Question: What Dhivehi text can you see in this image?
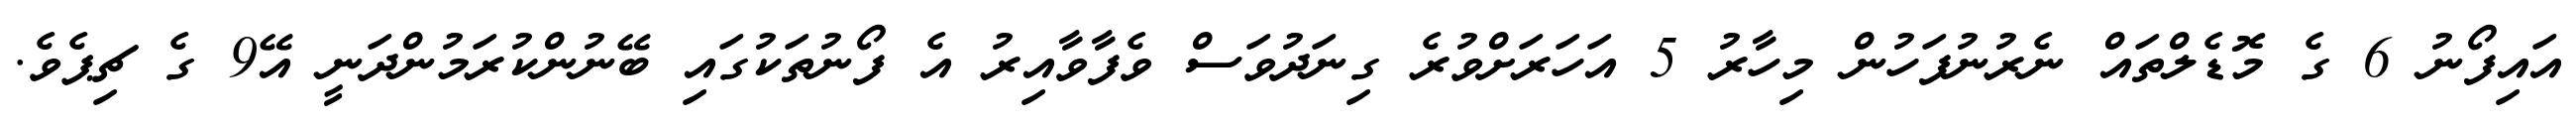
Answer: އައިފޯނު 6 ގެ މޮޑެލްތައް ނެރުނުފަހުން މިހާރު 5 އަހަރަށްވުރެ ގިނަދުވަސް ވެފާވާއިރު އެ ފޯނުތަކުގައި ބޭނުންކުރަމުންދަނީ އޭ9 ގެ ޗިޕެވެ.